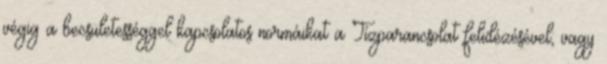
végig a becsületességgel kapcsolatos normáikat a Tízparancsolat felidézésével, vagy